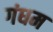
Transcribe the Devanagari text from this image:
गंधम